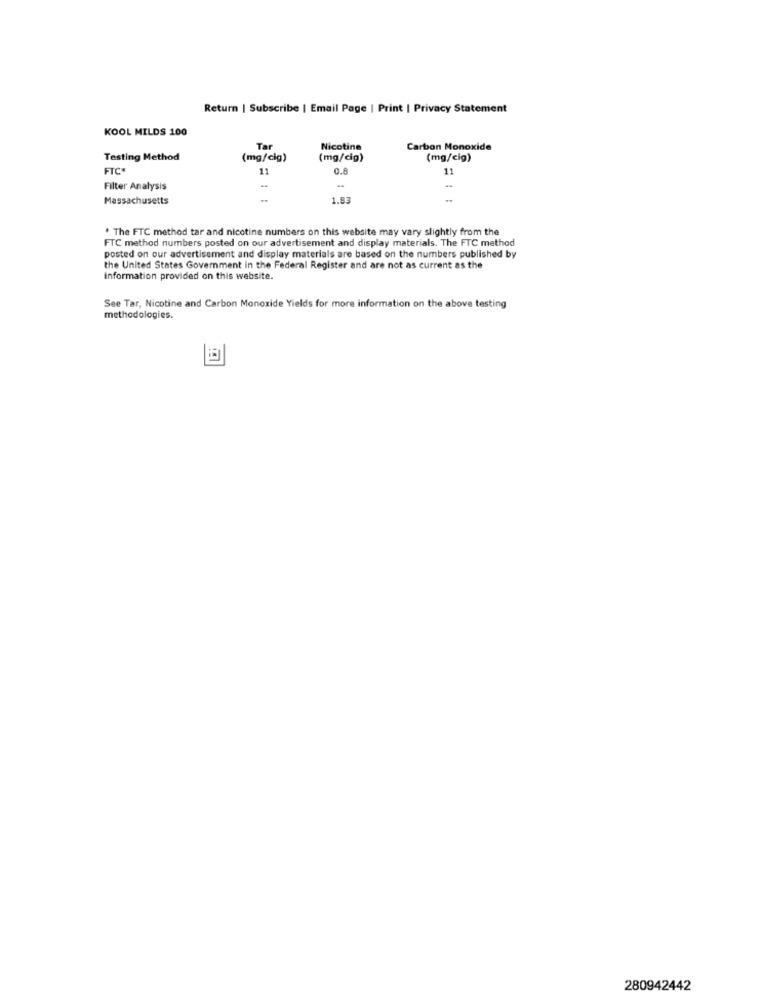
Return | Subscribe | Email Page | Print | Privacy Statement
KOOL MILDS 100
Tar
Nicotine
Carbon Monoxide
Testing Method
(mg/cig)
(mg/cig)
(mg/cig)
FTC
11
0.6
11
Filter Analysis
-
Massachusetts
-
1.83
. The FTC method tar and nicotine numbers on this website may vary slightly from the
FTC method numbers posted on our advertisement and display materials. The FTC method
posted on our advertisement and display materials are based on the numbers published by
the United States Government in the Federal Register and are not as current as the
Information provided on this website.
See Tar, Nicotine and Carbon Monoxide Yields for more information on the above testing
methodologies.
280942442